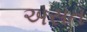
અસત